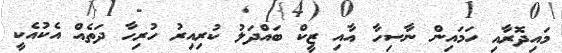
މައިދޮރާއި ހަމައިން ނާސިހާ އާއި ޒީކް ބައްދަލު ކުރިއިރު ހުރިހާ ދަތެއް އެކުއެކީ